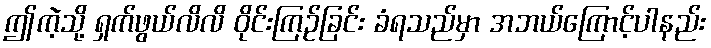
ဤကဲ့သို့ ရှက်ဖွယ်လိလိ ဝိုင်းကြဉ်ခြင်း ခံရသည်မှာ အဘယ်ကြောင့်ပါနည်း